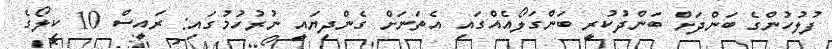
ފުލުހުންގެ ބަންދަށް ބަންދުކުރީ ބަންގަލޯއެއްގައި އެތަނަށް ގެންދިޔައީ ނުރުހުމުގައި: ރައީސް 10 ކިލޯގެ